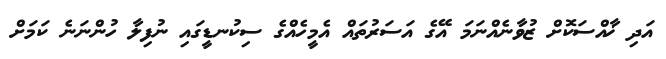
އަދި ޚާއްސަކޮށް ޒުވާނެއްނަމަ އޭގެ އަސަރުތައް އެމީހެއްގެ ސިކުނޑީގައި ނުފިލާ ހުންނަނެ ކަމަށް